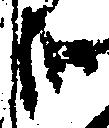
哉